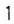
1